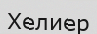
Хелиер